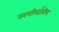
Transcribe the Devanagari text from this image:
नवपरिवर्तनीय